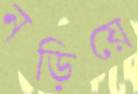
নড়িয়ে